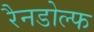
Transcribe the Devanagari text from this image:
रैनडोल्फ